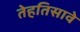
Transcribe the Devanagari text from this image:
तेहतिसावे